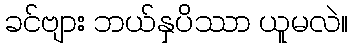
ခင်ဗျား ဘယ်နှပိဿာ ယူမလဲ။